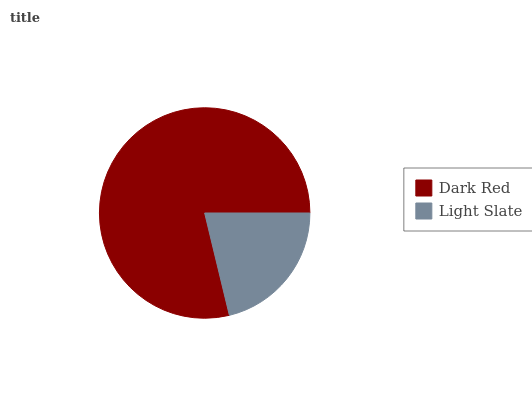
| Dark Red | Light Slate |
 | --- | --- |
 | 78.8% | 21.2% |